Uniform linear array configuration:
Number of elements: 8
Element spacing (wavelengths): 1
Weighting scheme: uniform
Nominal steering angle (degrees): -30
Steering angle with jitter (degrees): -31.561
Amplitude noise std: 0.05
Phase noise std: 0.05

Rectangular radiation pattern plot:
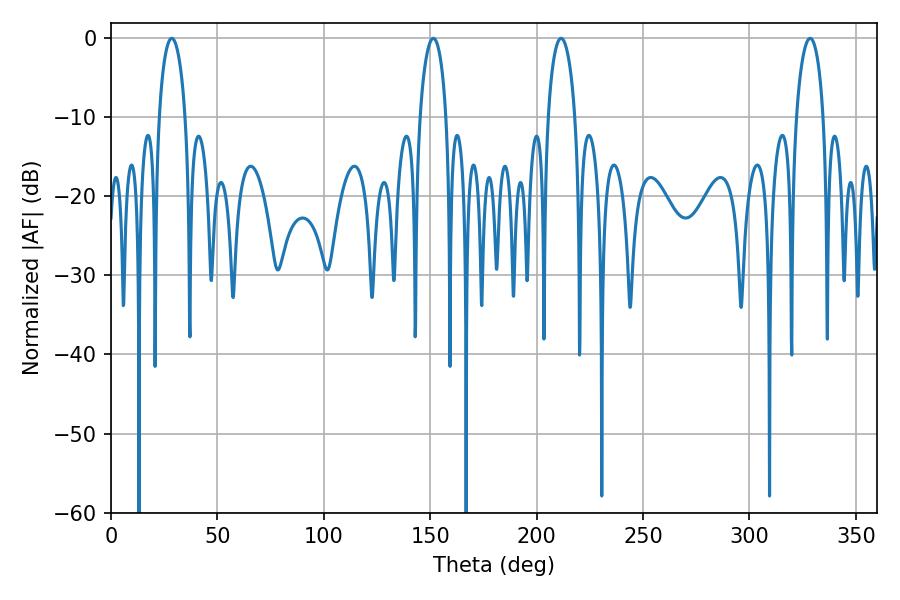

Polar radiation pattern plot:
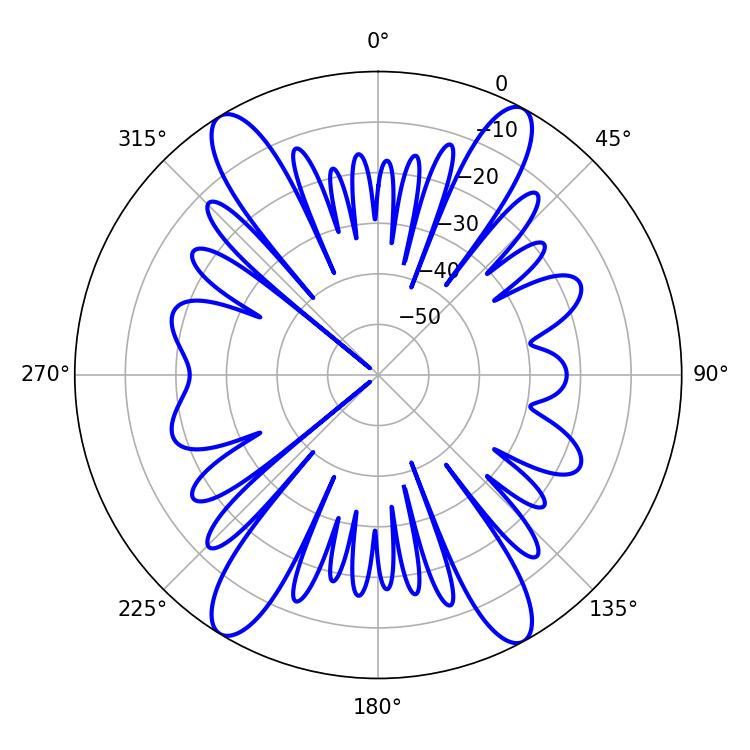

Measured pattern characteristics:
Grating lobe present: TRUE
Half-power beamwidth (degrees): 7.38
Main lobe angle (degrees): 211.5